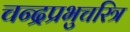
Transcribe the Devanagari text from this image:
चन्द्रप्रभुचरित्र